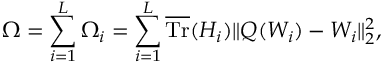
\Omega = \sum _ { i = 1 } ^ { L } \Omega _ { i } = \sum _ { i = 1 } ^ { L } \overline { { \mathrm { T r } } } ( H _ { i } ) \lVert Q ( W _ { i } ) - W _ { i } \rVert _ { 2 } ^ { 2 } ,